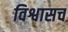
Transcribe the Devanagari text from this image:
विश्वासच